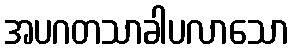
အပဂတသာခါပလာသော